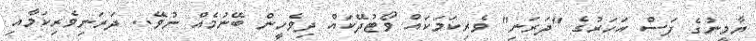
ޔާމީނުގެ ފަސް އަހަރުގެ "ދަރަނި" ވެރިކަމަކައް ވޯޓުދޭކައް ދިވެހީން ބޭނުމެއް ނުވޭ.. ދަރަނިވެރިކަމާއި